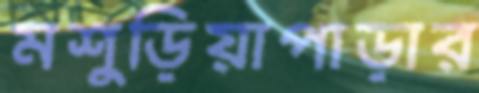
মশুড়িয়াপাড়ার